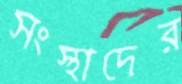
সংস্থাদের